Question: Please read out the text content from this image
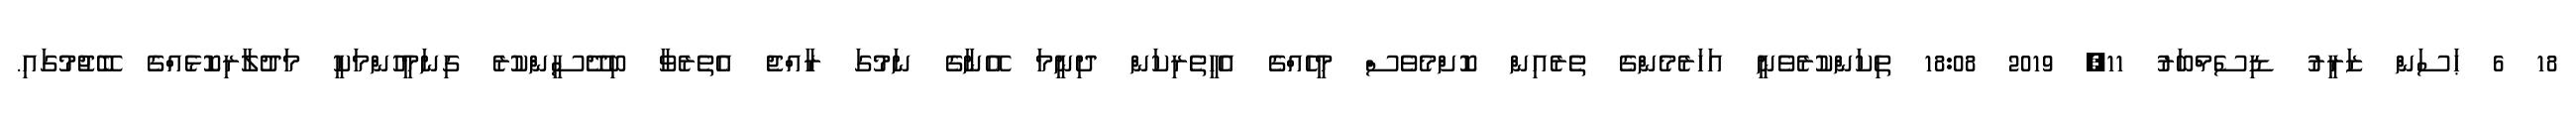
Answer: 18 6 ޙަސަން ޒަރީރު ޑިސެމްބަރު 11, 2019 18:08 ތިކަންކުރެވެނީ އަހަރެމެންގެ ތެރެއިން ކޮށްމެވެސް މީހެއްގެ އެހީތެރިކަން ދިނީމަ އޭނާގެ ނަމުގަ ރާއްޖެ އެތެރެވާ ބިދޭސީންކުރެ ގިނަމީހުންމަކީ މަދުލާރިކޮޅެއްގެ ބޭޖުމުގައި.